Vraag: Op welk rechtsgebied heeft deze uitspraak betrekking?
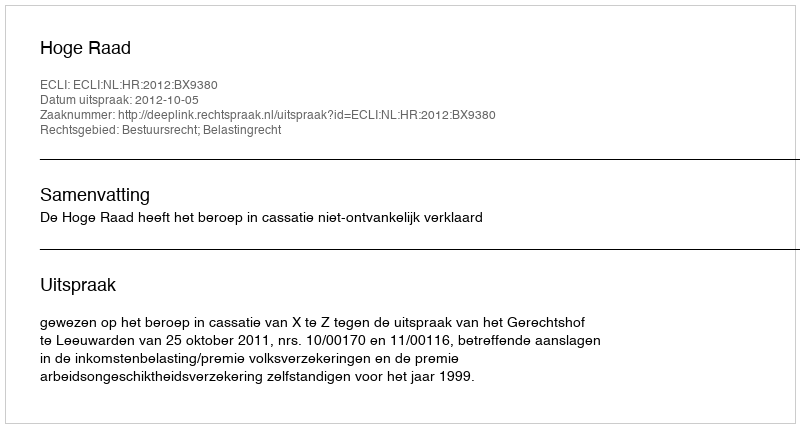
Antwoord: Bestuursrecht; Belastingrecht